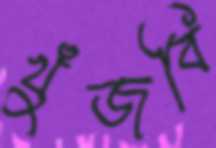
খুঁজবি